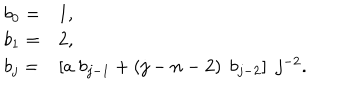
\begin{array} { l l } { { b _ { 0 } = } } & { { 1 , } } \\ { { b _ { 1 } = } } & { { 2 , } } \\ { { b _ { j } = } } & { { \left[ a \; b _ { j - 1 } + \left( j - n - 2 \right) \; b _ { j - 2 } \right] \; j ^ { - 2 } . } } \\ \end{array}